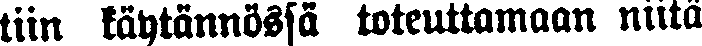
tiin käytännössä toteuttamaan niitä